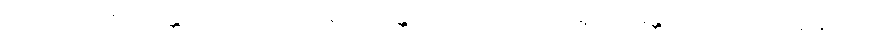
ယထာလာဘသန္တောသော, ယထာဗလသန္တောသော, ယထာသာရုပ္ပသန္တောသောတိ တိဝိဓော။ ဧဝံ